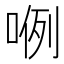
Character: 𭈖